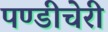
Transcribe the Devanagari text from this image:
पण्डीचेरी